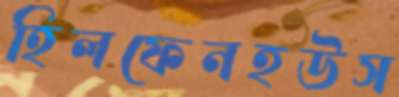
হিলফেনহউস